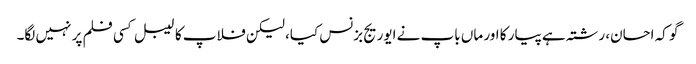
گو کہ احسان، رشتہ ہے پیار کا اور ماں باپ نے ایوریج بزنس کیا، لیکن فلاپ کا لیبل کسی فلم پر نہیں لگا۔